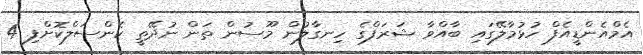
އެމްއެންޑީއެފް ހުޅުމާލޭގައި ބާއްވާ ޝަރަފްގެ ހިނގާލުން މޫސުން ތަން ނުދޭތީ ކެންސަލްކޮށްފި 4